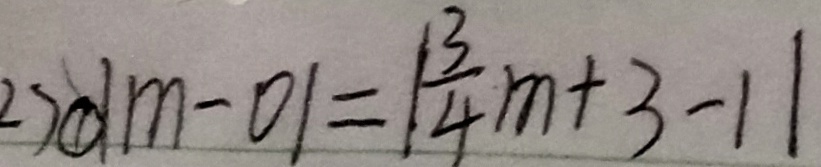
2 7 \textcircled { 1 } \vert m - 0 \vert = \vert \frac { 3 } { 4 } m + 3 - 1 \vert